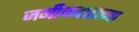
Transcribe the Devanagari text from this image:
जमीनदाराच्या